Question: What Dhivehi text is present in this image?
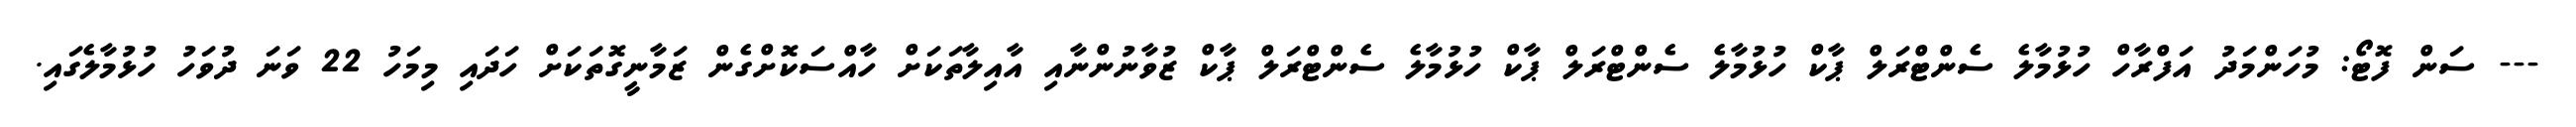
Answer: --- ސަން ފޮޓޯ: މުހަންމަދު އަފްރާހް ހުޅުމާލެ ސެންޓްރަލް ޕާކް ހުޅުމާލެ ސެންޓްރަލް ޕާކް ހުޅުމާލެ ސެންޓްރަލް ޕާކް ޒުވާނުންނާއި އާއިލާތަކަށް ހާއްސަކޮށްގެން ޒަމާނީގޮތަކަށް ހަދައި މިމަހު 22 ވަނަ ދުވަހު ހުޅުމާލެގައި.